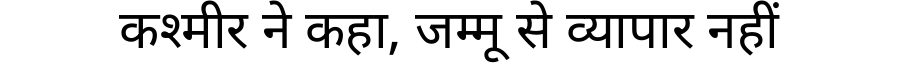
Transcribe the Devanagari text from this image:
कश्मीर ने कहा, जम्मू से व्यापार नहीं